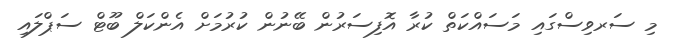
މި ސަރވިސްގައި މަސައްކަތް ކުރާ އޮފިސަރުން ބޭނުން ކުރުމަށް އެންކަލް ބޫޓް ސަޕްލައި